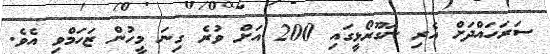
ސަރަހައްދަށް އެރި ނަގޫރޯޅީގައި 200 އަށް ވުރެ ގިނަ މީހުން ޒަހަމްވި އެވެ.